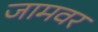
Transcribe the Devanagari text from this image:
जामवर